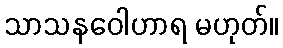
သာသနဝေါဟာရ မဟုတ်။